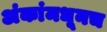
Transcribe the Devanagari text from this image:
अंकांमधूनच